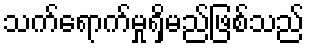
သက်ရောက်မှုရှိမည်ဖြစ်သည်